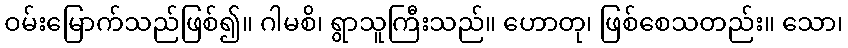
ဝမ်းမြောက်သည်ဖြစ်၍။ ဂါမစိ၊ ရွာသူကြီးသည်။ ဟောတု၊ ဖြစ်စေသတည်း။ သော၊